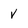
Character: v